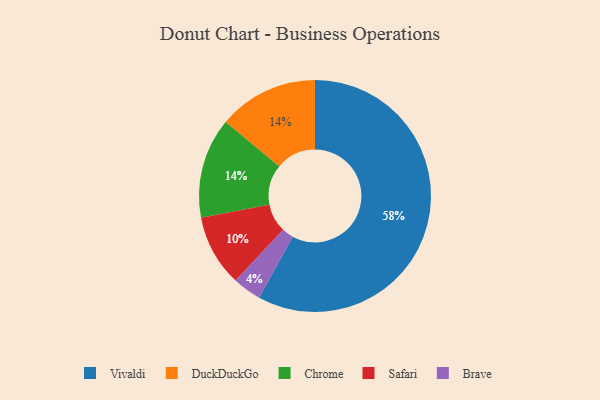
{"axis": {"x": "Category", "y": "Percentage"}, "legend": ["Brave", "Chrome", "DuckDuckGo", "Safari", "Vivaldi"], "data": [{"x": "DuckDuckGo", "y": 14, "type": "DuckDuckGo"}, {"x": "Brave", "y": 4, "type": "Brave"}, {"x": "Vivaldi", "y": 58, "type": "Vivaldi"}, {"x": "Chrome", "y": 14, "type": "Chrome"}, {"x": "Safari", "y": 10, "type": "Safari"}]}